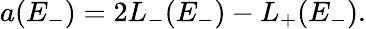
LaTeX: a(E_{-})=2L_{-}(E_{-})-L_{+}(E_{-}).